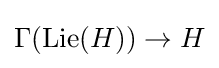
\Gamma (\operatorname {Lie} (H))\rightarrow H